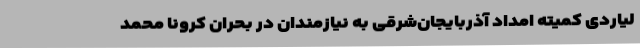
لیاردی کمیته امداد آذربایجان‌شرقی به نیازمندان در بحران کرونا محمد